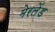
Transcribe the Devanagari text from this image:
मेरलेंड